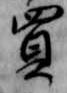
買